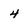
Character: 4